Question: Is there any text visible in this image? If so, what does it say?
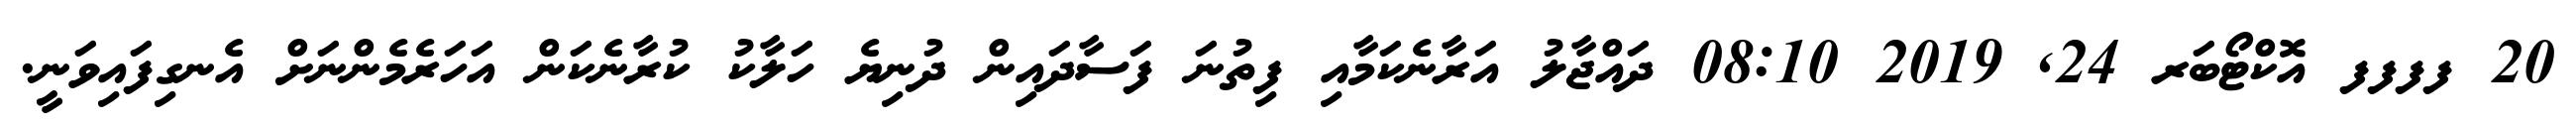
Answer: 20 ފފފފ އޮކްޓޯބަރ 24, 2019 08:10 ދައްޖާލު އަރާނެކަމާއި ފިތުނަ ފަސާދައިން ދުނިޔެ ހަލާކު ކުރާނެކަން އަހަރެމެންނަށް އެނގިފައިވަނީ.